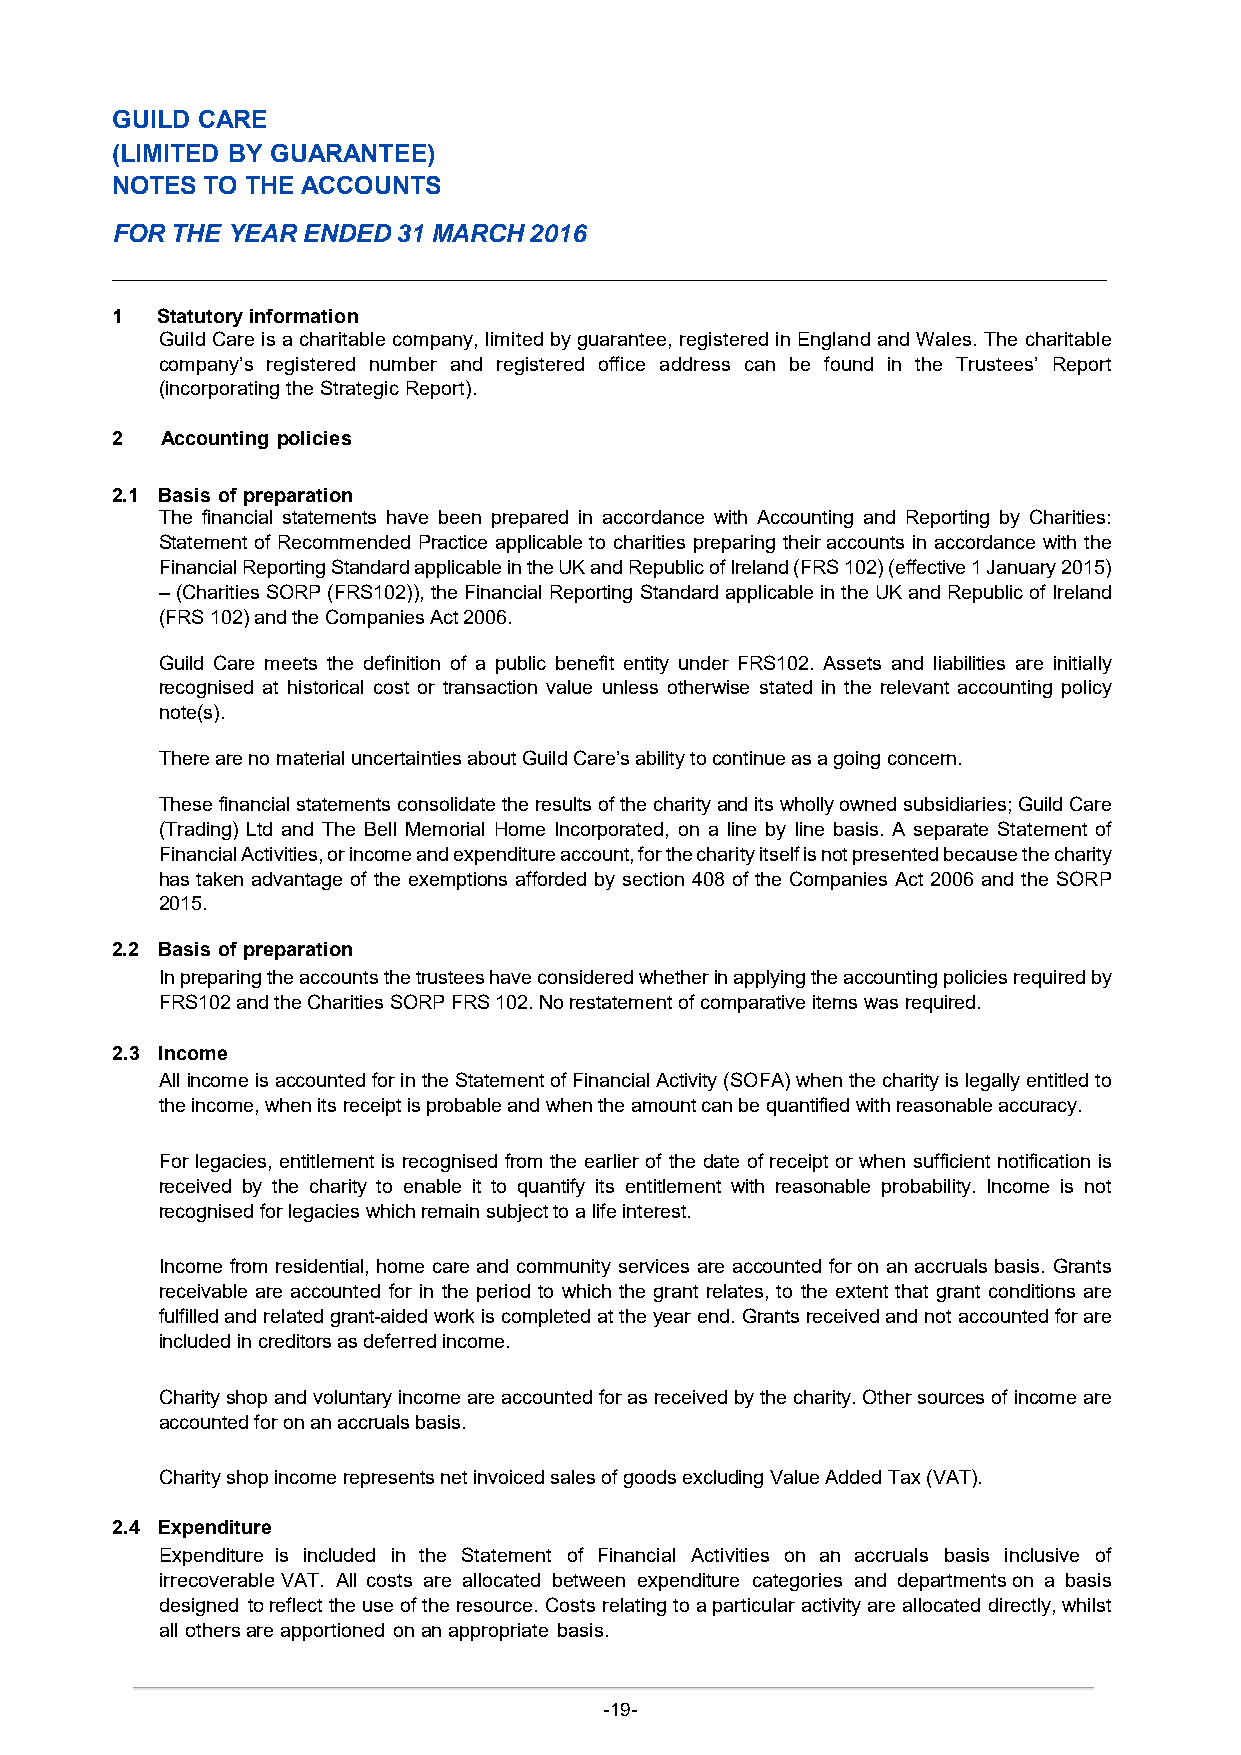
GUILD CARE
 (LIMITED BY GUARANTEE)
 NOTES  TO THE ACCOUNTS
 FOR THE YEAR ENDED 31 MARCH 2016
 1  Statutory information
 Guild Care is a charitable company, limited by guarantee, registered in England and Wales. The charitable
 company’s registered number and registered office address can be found in the Trustees’ Report
 (incorporating the Strategic Report).
 2   Accounting policies
 2.1 Basis of preparation
 The financial statements have been prepared in accordance with Accounting and Reporting by Charities:
 Statement of Recommended Practice applicable to charities preparing their accounts in accordance with the
 Financial Reporting Standard applicable in the UK and Republic of Ireland (FRS 102) (effective 1 January 2015)
 –(Charities SORP (FRS102)), the Financial Reporting Standard applicable in the UK and Republic of Ireland
 (FRS 102) and the Companies Act 2006.
 Guild Care meets the definition of a public benefit entity under FRS102. Assets and liabilities are initially
 recognised at historical cost or transaction value unless otherwise stated in the relevant accounting policy
 note(s).
 There are no material uncertainties about Guild Care’s ability to continue as a going concern.
 These financial statements consolidate the results of the charity and its wholly owned subsidiaries; Guild Care
 (Trading) Ltd and The Bell Memorial Home Incorporated, on a line by line basis. A separate Statement of
 Financial Activities, or income and expenditure account, for the charity itself is not presented because the charity
 has taken advantage of the exemptions afforded by section 408 of the Companies Act 2006 and the SORP
 2015.
 2.2 Basis of preparation
 In preparing the accounts the trustees have considered whether in applying the accounting policies required by
 FRS102 and the Charities SORP FRS 102. No restatement of comparative items was required.
 2.3 Income
 All income is accounted for in the Statement of Financial Activity (SOFA) when the charity is legally entitled to
 the income, when its receipt is probable and when the amount can be quantified with reasonable accuracy.
 For legacies, entitlement is recognised from the earlier of the date of receipt or when sufficient notification is
 received by the charity to enable it to quantify its entitlement with reasonable probability. Income is not
 recognised for legacies which remain subject to a life interest.
 Income from residential, home care and community services are accounted for on an accruals basis. Grants
 receivable are accounted for in the period to which the grant relates, to the extent that grant conditions are
 fulfilled and related grant-aided work is completed at the year end. Grants received and not accounted for are
 included in creditors as deferred income.
 Charity shop and voluntary income are accounted for as received by the charity. Other sources of income are
 accounted for on an accruals basis.
 Charity shop income represents net invoiced sales of goods excluding Value Added Tax (VAT).
 2.4 Expenditure
 Expenditure is included in the Statement of Financial Activities on an accruals basis inclusive of
 irrecoverable VAT. All costs are allocated between expenditure categories and departments on a basis
 designed to reflect the use of the resource. Costs relating to a particular activity are allocated directly, whilst
 all others are apportioned on an appropriate basis.
 -19-